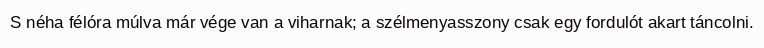
S néha félóra múlva már vége van a viharnak; a szélmenyasszony csak egy fordulót akart táncolni.